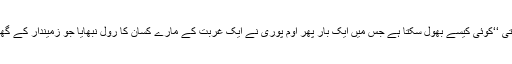
اسی طرح عظیم فلم ساز ستیہ جیت رائے کی شارٹ فلم ’’ سد گیتی ‘‘کوئی کیسے بھول سکتا ہے جس میں ایک بار پھر اوم پوری نے ایک غربت کے مارے کسان کا رول نبھایا جو زمیندار کے گھر کے سامنے شدید بارش میں تڑپ تڑپ کر جان دے دیتا ہے ۔